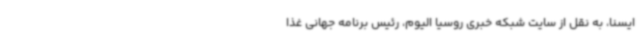
ایسنا، به نقل از سایت شبکه خبری روسیا الیوم، رئیس برنامه جهانی غذا